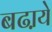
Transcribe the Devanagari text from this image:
बढा़ये